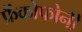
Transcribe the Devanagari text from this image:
फ्रैंकोफोनी